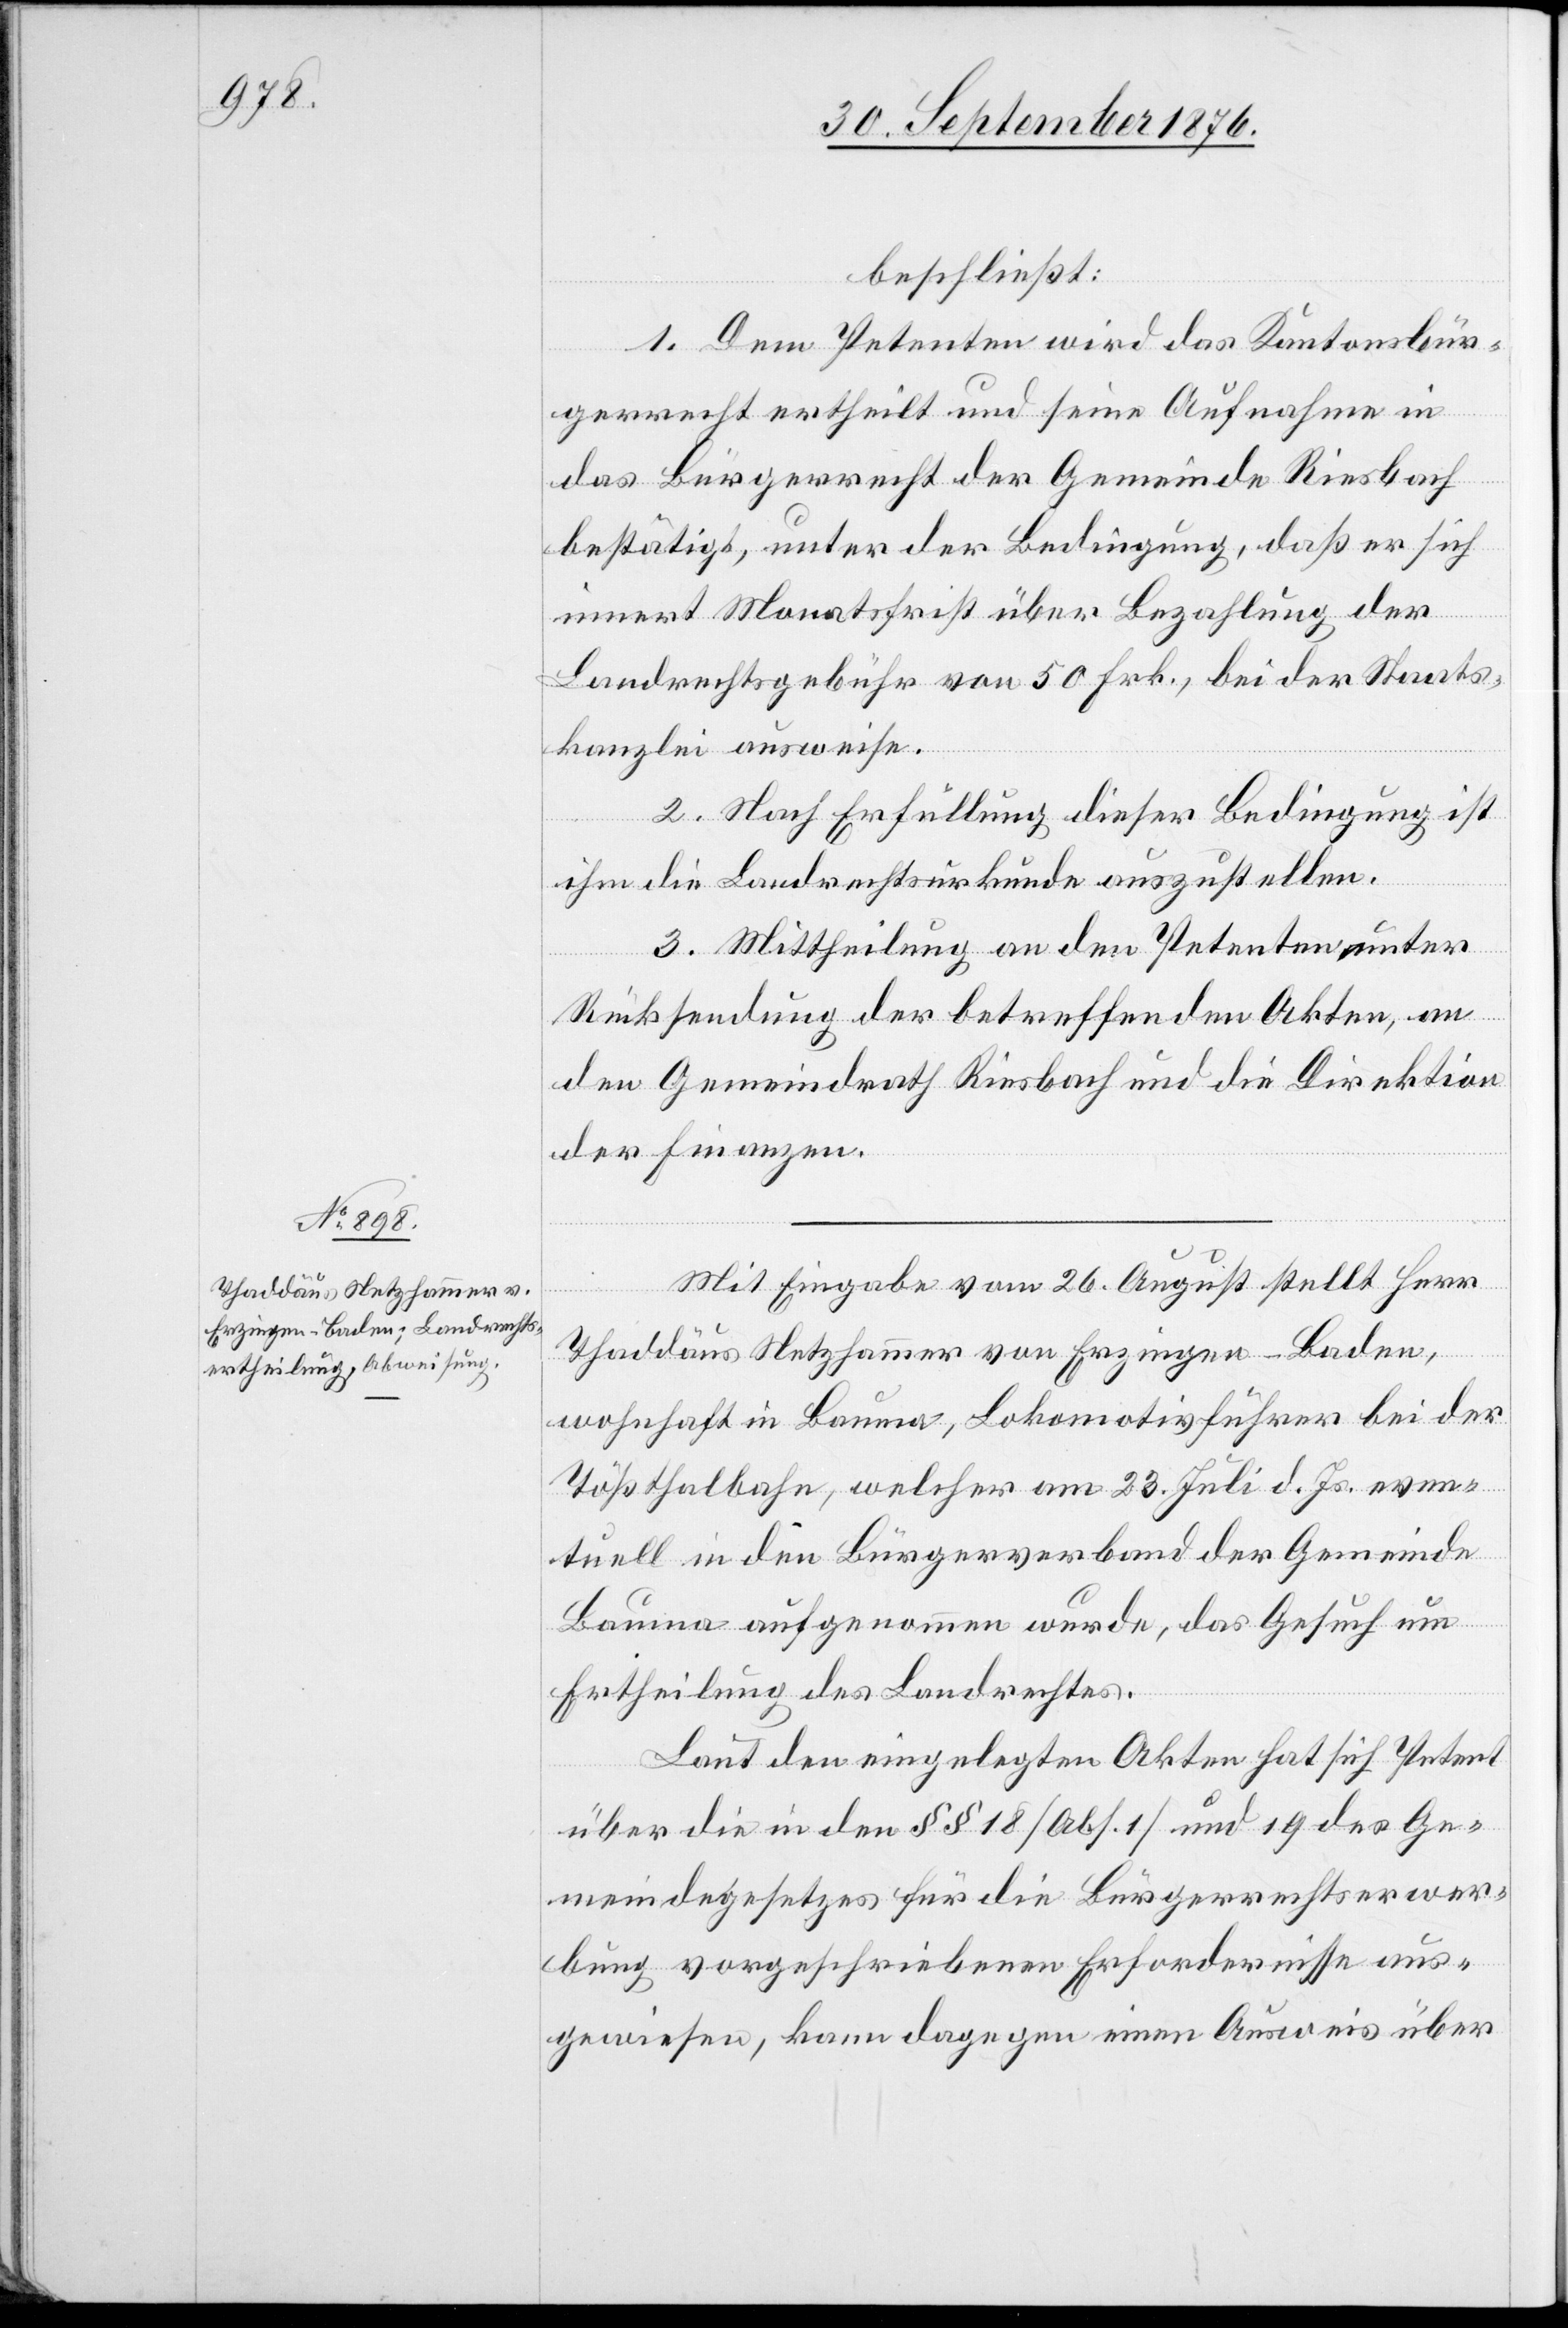
beschließt:
1. Dem Petenten wird das Kantonsbür¬
gerrecht ertheilt und seine Aufnahme in
das Bürgerrecht der Gemeinde Riesbach
bestätigt, unter der Bedingung, daß er sich
Gemein¬
innert Monatsfrist über Bezahlung der
kanzlei ausweise.
2. Nach Erfüllung dieser Bedingung ist
ihm die Landrechtsurkunde auszustellen.
50
3. Mittheilung an den Petenten unter
de-
Rücksendung der betreffenden Akten, an
den Gemeindrath Riesbach und an die Direktion
der Finanzen.
der Staats¬
bei